Leaving Certificate, 1899
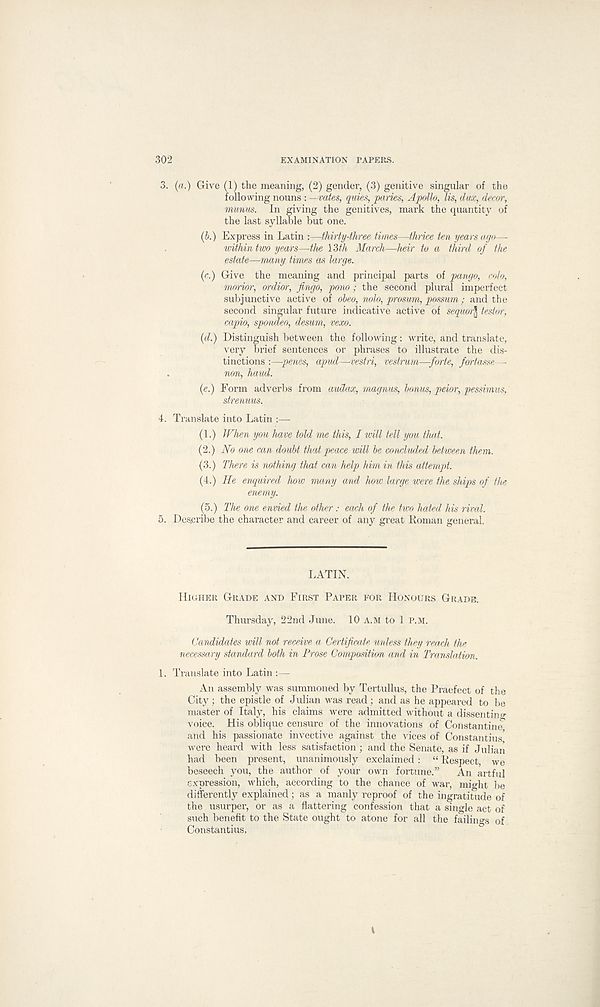
302
EXAMINATION PAPERS.
3. (a.) Give (1) the meaning, (2) gender, (3) genitive singular of the
following nouns : —vates, quies, paries, Apollo, Us, dux, decor,
munus. In giving the genitives, mark the quantity of
the last syllable but one.
(b.) Express in Latin :—thirty-three times—thrice ten years ago—-
within two years—the \3th March—heir to a third of the
estate—many times as large.
(c.) Give the meaning and principal parts of pango, colo,
morior, ordior, jingo, pono; the second plural imperfect
subjunctive active of obeo, nolo, prosum, possum : and the
second singular future indicative active of sequoi^ testor,
capio, spondeo, desum, vexo.
(d.) Distinguish between the following: write, and translate,
very brief sentences or phrases to illustrate the dis-
tinctions :—penes, apud—vestri, vestrum—forte, fortasse—
.
non, hand.
(e.) Form adverbs from audax, magnus, bonus, peior, pessimus,
strenuus.
4. Translate into Latin :—
(1.) When you have told me this, I will tell you that.
(2.) No one can doubt that peace will be concluded between them.
(3.) There is nothing that can help him in this attempt.
(4.) He enquired how many and how large were the ships of the
enemy.
(5.) The one envied the other: each of the two hated his rival.
5. Describe the character and career of any great Eoman general.
LATIN.
HIGHER GRADE AND FIRST PAPER FOR HONOURS GRADE.
Thursday, 22nd June. 10 A.M to 1 P.M.
Candidates mil not receive a Certificate unless they reach the
necessary standard both in Prose Composition and in Translation.
1. Translate into Latin :—
An assembly was summoned by Tertullus, the Praefect of the
City; the epistle of Julian was read; and as he appeared to be
master of Italy, his claims were admitted without a dissenting
voice. His oblique censure of the innovations of Constantine’
and his passionate invective against the vices of Constantins'
were heard with less satisfaction ; and the Senate, as if Julian
had been present, unanimously exclaimed : “ Kespect, we
beseech you, the author of your own fortune.”
An artful
expression, which, according to the chance of war, might be
differently explained; as a manly reproof of the ingratitude of
the usurper, or as a flattering confession that a single act of
such benefit to the State ought to atone for all the failino-s of
Constantius,